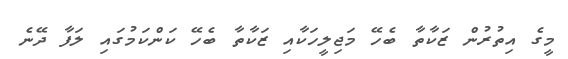
މީގެ އިތުރުން ޒަކާތާ ބެހޭ މަޖިލީހަކާއި ޒަކާތާ ބެހޭ ކަންކަމުގައި ލަފާ ދޭނެ